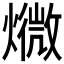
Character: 𱬙